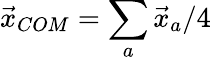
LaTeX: \vec{x}_{COM}=\sum_{a}\vec{x}_{a}/4